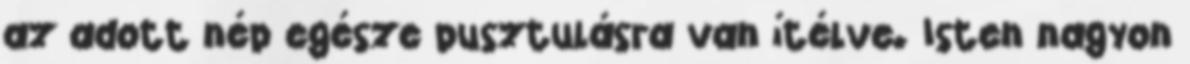
az adott nép egésze pusztulásra van ítélve. Isten nagyon